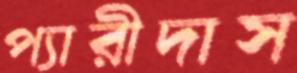
প্যারীদাস